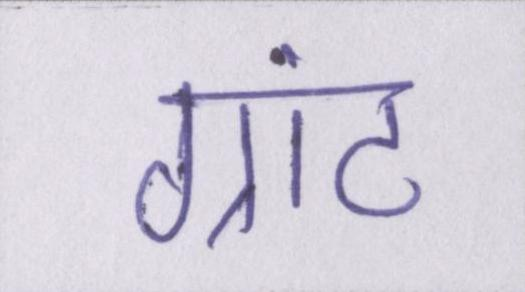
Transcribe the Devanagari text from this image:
ग्रांट